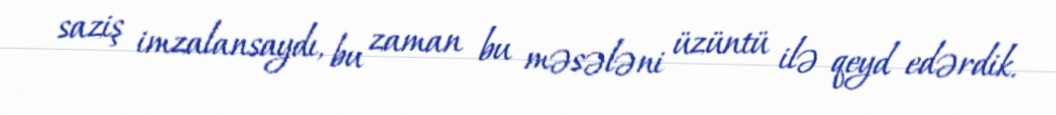
saziş imzalansaydı, bu zaman bu məsələni üzüntü ilə qeyd edərdik.